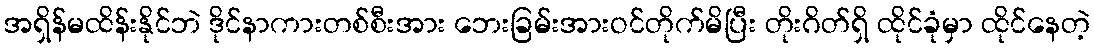
အရှိန်မထိန်းနိုင်ဘဲ ဒိုင်နာကားတစ်စီးအား ဘေးခြမ်းအားဝင်တိုက်မိပြီး တိုးဂိတ်ရှိ ထိုင်ခုံမှာ ထိုင်နေတဲ့